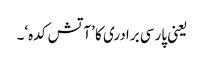
یعنی پارسی برادری کا ’آتش کدہ‘۔